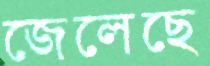
জেলেছে